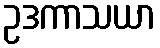
ဥဒကာသယာ